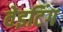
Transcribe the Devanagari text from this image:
वेइटिंग